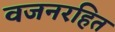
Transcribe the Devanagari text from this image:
वजनरहित